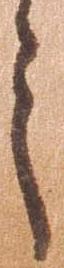
言